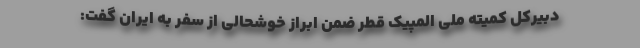
دبیرکل کمیته ملی المپیک قطر ضمن ابراز خوشحالی از سفر به ایران گفت: